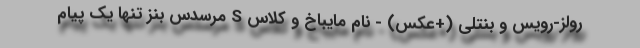
رولز-رویس و بنتلی (+عکس) - نام مایباخ و کلاس S مرسدس بنز تنها یک پیام